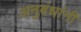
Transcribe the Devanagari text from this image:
अनुबंधांनी